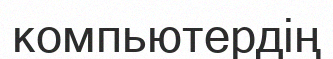
компьютердің